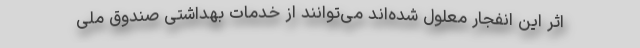
اثر این انفجار معلول شده‌اند می‌توانند از خدمات بهداشتی صندوق ملی